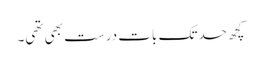
کچھ حدتک بات درست بھی تھی۔